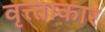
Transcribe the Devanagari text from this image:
वृत्त्ताकार